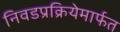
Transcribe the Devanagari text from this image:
निवडप्रक्रियेमार्फत